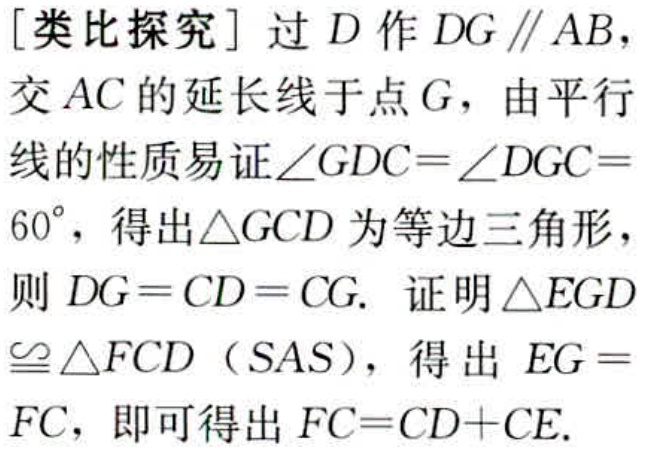
[类比探究] 过 \(D\) 作 \(DG\parallel AB\)，交 \(AC\) 的延长线于点 \(G\)，由平行线的性质易证\(\angle GDC = \angle DGC=60^{\circ}\)，得出\(\triangle GCD\)为等边三角形，则 \(DG = CD = CG\). 证明\(\triangle EGD\cong\triangle FCD\)（\(SAS\)），得出 \(EG = FC\)，即可得出 \(FC = CD + CE\).